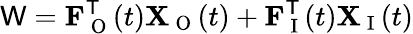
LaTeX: \mathsf{W}=\mathbf{F}_{\mathrm{~O~}}^{\mathsf{T}}(t)\mathbf{X}_{\mathrm{~O~}}(t)+\mathbf{F}_{\mathrm{~I~}}^{\mathsf{T}}(t)\mathbf{X}_{\mathrm{~I~}}(t)